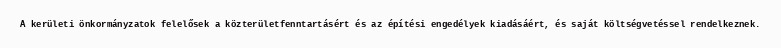
A kerületi önkormányzatok felelősek a közterületfenntartásért és az építési engedélyek kiadásáért, és saját költségvetéssel rendelkeznek.